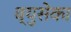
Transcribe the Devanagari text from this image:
ब्युसेका